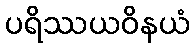
ပရိဿယဝိနယံ